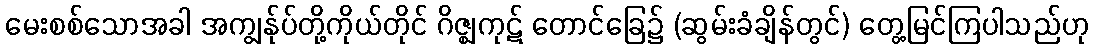
မေးစစ်သောအခါ အကျွန်ုပ်တို့ကိုယ်တိုင် ဂိဇ္ဈကုဋ် တောင်ခြေ၌ (ဆွမ်းခံချိန်တွင်) တွေ့မြင်ကြပါသည်ဟု